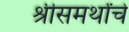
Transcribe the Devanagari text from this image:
श्रीसमर्थांचे